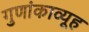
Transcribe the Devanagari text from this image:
गुणांकाव्यूह